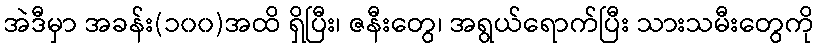
အဲဒီမှာ အခန်း(၁၀၀)အထိ ရှိပြီး၊ ဇနီးတွေ၊ အရွယ်ရောက်ပြီး သားသမီးတွေကို